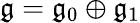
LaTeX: {\mathfrak{g}}={\mathfrak{g}}_{0}\oplus{\mathfrak{g}}_{1}